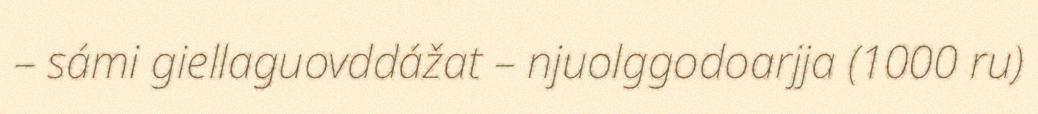
– sámi giellaguovddážat – njuolggodoarjja (1000 ru)